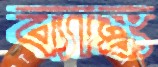
ব্যাঙ্ক